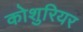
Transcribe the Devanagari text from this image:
कोशुरियर